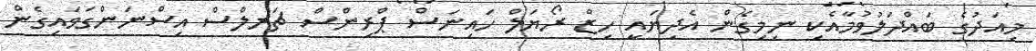
މިއަދުގެ ބައްދަލުވުމާއެކި ނިމިގެން އެދިޔައީ ހިޒް ރޯޔަލް ހައިނަސް ޕްރިންސް ޗަރލްސް އިސްނަންގަވައިގެން